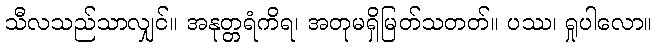
သီလသည်သာလျှင်။ အနုတ္တရံကိရ၊ အတုမရှိမြတ်သတတ်။ ပဿ၊ ရှုပါလော။